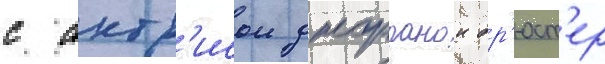
с актр'исои джорданои бр'юст'ер